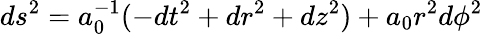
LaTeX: ds^{2}=a_{0}^{-1}(-dt^{2}+dr^{2}+dz^{2})+a_{0}r^{2}d\phi^{2}